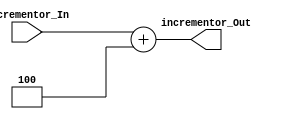
`timescale 1ns / 1ps
//////////////////////////////////////////////////////////////////////////////////
// Company: 
// Engineer: 
// 
// Design Name: 
// Module Name:    incrementor 
// Project Name: 
// Target Devices: 
// Tool versions: 
// Description: 
//
// Dependencies: 
//
// Revision: 
// Revision 0.01 - File Created
// Additional Comments: 
//
//////////////////////////////////////////////////////////////////////////////////
module incrementor(
	input wire [31:0] incrementor_In,
	output wire [31:0] incrementor_Out
   );
   assign incrementor_Out = incrementor_In + 32'b100; // PC + 4

endmodule